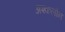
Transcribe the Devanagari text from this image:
अश्कलोन